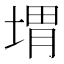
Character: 㙕